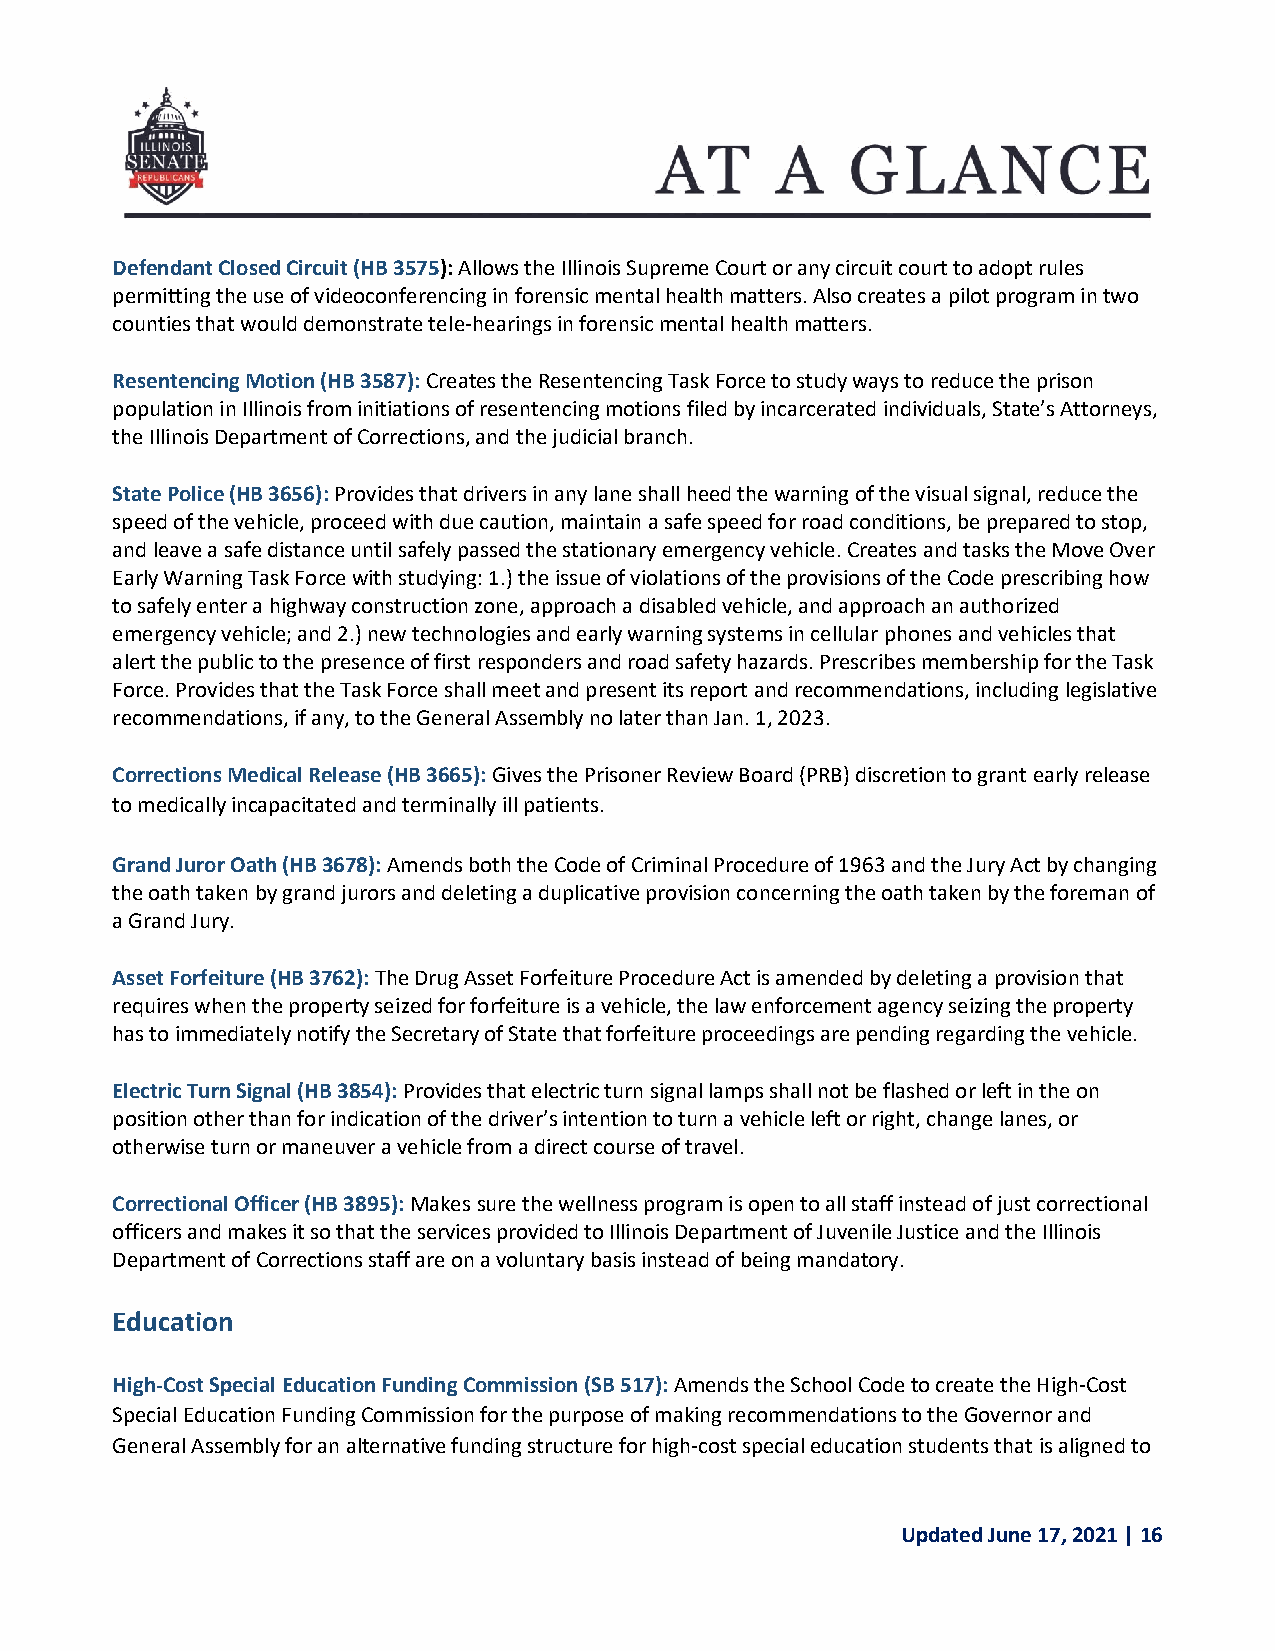
Defendant Closed Circuit (HB 3575): Allows the Illinois Supreme Court or any circuit court to adopt rules
 permitting the use of videoconferencing in forensic mental health matters. Also creates a pilot program in two
 counties that would demonstrate tele-hearings in forensic mental health matters.
 Resentencing Motion (HB 3587): Creates the Resentencing Task Force to study ways to reduce the prison
 population in Illinois from initiations of resentencing motions filed by incarcerated individuals, State’s Attorneys,
 the Illinois Department of Corrections, and the judicial branch.
 State Police (HB 3656): Provides that drivers in any lane shall heed the warning of the visual signal, reduce the
 speed of the vehicle, proceed with due caution, maintain a safe speed for road conditions, be prepared to stop,
 and leave a safe distance until safely passed the stationary emergency vehicle. Creates and tasks the Move Over
 Early Warning Task Force with studying: 1.) the issue of violations of the provisions of the Code prescribing how
 to safely enter a highway construction zone, approach a disabled vehicle, and approach an authorized
 emergency vehicle; and 2.) new technologies and early warning systems in cellular phones and vehicles that
 alert the public to the presence of first responders and road safety hazards. Prescribes membership for the Task
 Force. Provides that the Task Force shall meet and present its report and recommendations, including legislative
 recommendations, if any, to the General Assembly no later than Jan. 1, 2023.
 Corrections Medical Release (HB 3665): Gives the Prisoner Review Board (PRB) discretion to grant early release
 to medically incapacitated and terminally ill patients.
 Grand Juror Oath (HB 3678): Amends both the Code of Criminal Procedure of 1963 and the Jury Act by changing
 the oath taken by grand jurors and deleting a duplicative provision concerning the oath taken by the foreman of
 a Grand Jury.
 Asset Forfeiture (HB 3762): The Drug Asset Forfeiture Procedure Act is amended by deleting a provision that
 requires when the property seized for forfeiture is a vehicle, the law enforcement agency seizing the property
 has to immediately notify the Secretary of State that forfeiture proceedings are pending regarding the vehicle.
 Electric Turn Signal (HB 3854): Provides that electric turn signal lamps shall not be flashed or left in the on
 position other than for indication of the driver’s intention to turn a vehicle left or right, change lanes, or
 otherwise turn or maneuver a vehicle from a direct course of travel.
 Correctional Officer (HB 3895): Makes sure the wellness program is open to all staff instead of just correctional
 officers and makes it so that the services provided to Illinois Department of Juvenile Justice and the Illinois
 Department of Corrections staff are on a voluntary basis instead of being mandatory.
 Education
 High-Cost Special Education Funding Commission (SB 517): Amends the School Code to create the High-Cost
 Special Education Funding Commission for the purpose of making recommendations to the Governor and
 General Assembly for an alternative funding structure for high-cost special education students that is aligned to
 Updated June 17, 2021 | 16